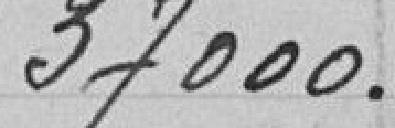
tion a eu lieu le 20 juin 1912 pour la période du 1° Juillet